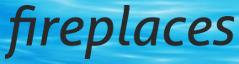
fireplaces